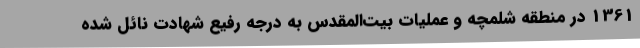
1361 در منطقه شلمچه و عملیات بیت‌المقدس به درجه رفیع شهادت نائل شده